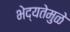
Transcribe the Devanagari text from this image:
भेद्यतेमुळे